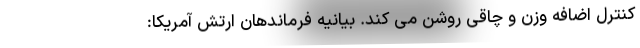
کنترل اضافه وزن و چاقی روشن می کند. بیانیه فرماندهان ارتش آمریکا: